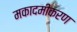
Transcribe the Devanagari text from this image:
मकादमीकरण